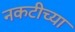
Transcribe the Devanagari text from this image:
नकटीच्या